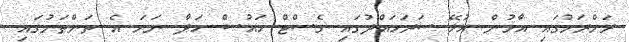
ރަށްރަށުގައި އާމުން އުޅޭ ސަރަހައްދުގައި ގެސްޓް ހައުސް ހަދާ ނަމަ އެ ތަންތަނުގައި